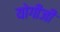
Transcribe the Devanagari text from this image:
योगीजी